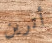
أترين